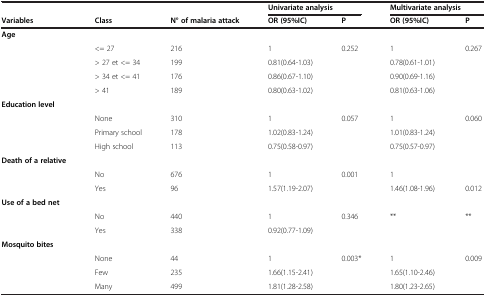
|  |  |  | <COLSPAN=2> Univariate analysis | <COLSPAN=2> Multivariate analysis |
 | Variables | Class | N° of malaria attack | OR (95%IC) | P | OR (95%IC) | P |
 | --- | --- | --- | --- | --- | --- | --- |
 | Age |  |  |  |  |  |  |
 |  | <= 27 | 216 | 1 | 0.252 | 1 | 0.267 |
 |  | > 27 et <= 34 | 199 | 0.81(0.64-1.03) |  | 0.78(0.61-1.01) |  |
 |  | > 34 et <= 41 | 176 | 0.86(0.67-1.10) |  | 0.90(0.69-1.16) |  |
 |  | > 41 | 189 | 0.80(0.63-1.02) |  | 0.81(0.63-1.06) |  |
 | Education level |  |  |  |  |  |  |
 |  | None | 310 | 1 | 0.057 | 1 | 0.060 |
 |  | Primary school | 178 | 1.02(0.83-1.24) |  | 1.01(0.83-1.24) |  |
 |  | High school | 113 | 0.75(0.58-0.97) |  | 0.75(0.57-0.97) |  |
 | Death of a relative |  |  |  |  |  |  |
 |  | No | 676 | 1 | 0.001 | 1 |  |
 |  | Yes | 96 | 1.57(1.19-2.07) |  | 1.46(1.08-1.96) | 0.012 |
 | Use of a bed net |  |  |  |  |  |  |
 |  | No | 440 | 1 | 0.346 | ** | ** |
 |  | Yes | 338 | 0.92(0.77-1.09) |  |  |  |
 | Mosquito bites |  |  |  |  |  |  |
 |  | None | 44 | 1 | 0.003* | 1 | 0.009 |
 |  | Few | 235 | 1.66(1.15-2.41) |  | 1.65(1.10-2.46) |  |
 |  | Many | 499 | 1.81(1.28-2.58) |  | 1.80(1.23-2.65) |  |